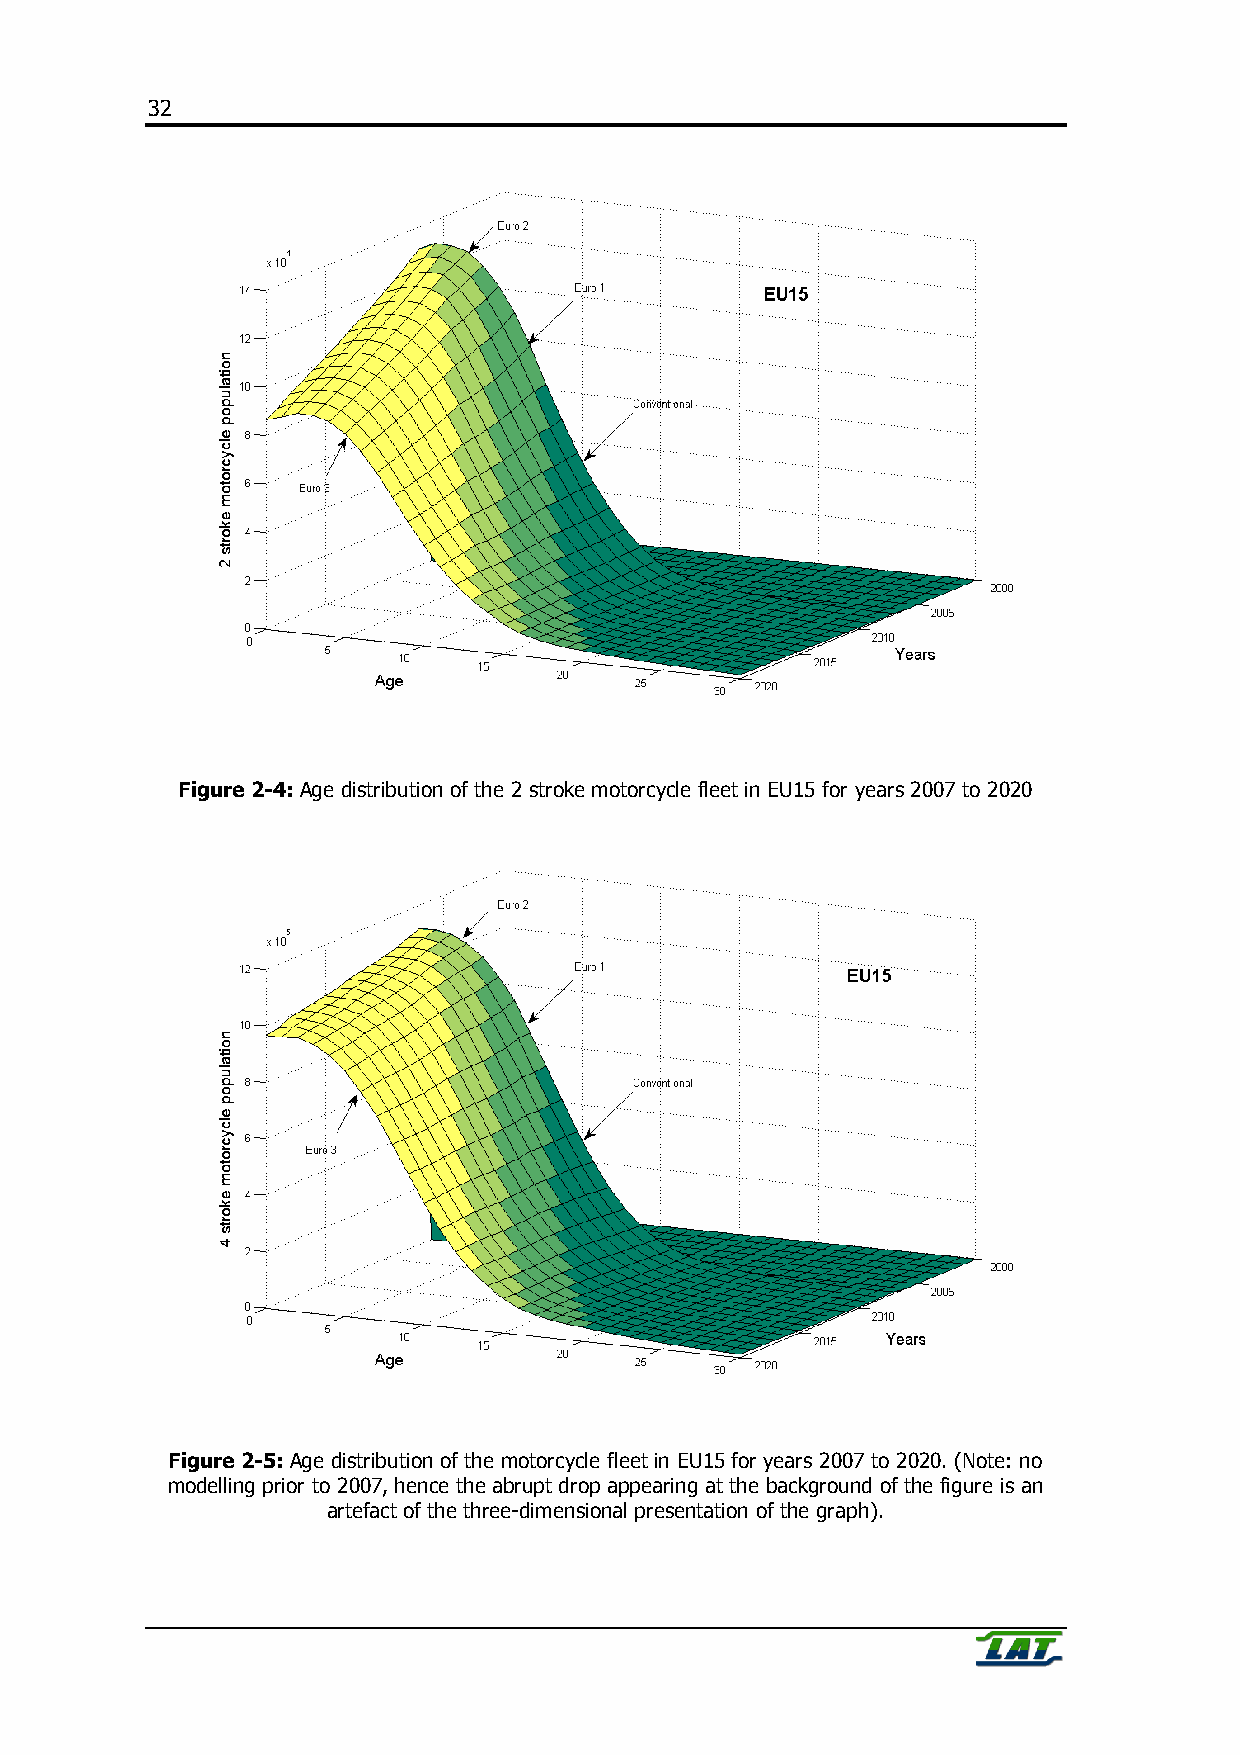
32
 Figure 2-4: Age distribution of the 2 stroke motorcycle fleet in EU15 for years 2007 to 2020
 Figure 2-5: Age distribution of the motorcycle fleet in EU15 for years 2007 to 2020. (Note: no
 modelling prior to 2007, hence the abrupt drop appearing at the background of the figure is an
 artefact of the three-dimensional presentation of the graph).